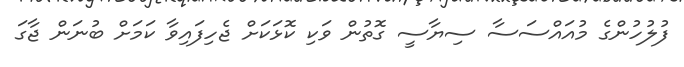
ފުލުހުންގެ މުއައްސަސާ ސިޔާސީ ގޮތުން ވަކި ކޮޅަކަށް ޖެހިފައިވާ ކަމަށް ބުނަން ޖާގަ